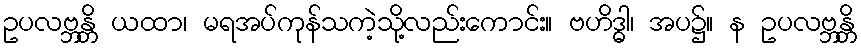
ဥပလဗ္ဘန္တိ ယထာ၊ မရအပ်ကုန်သကဲ့သို့လည်းကောင်း။ ဗဟိဒ္ဓါ၊ အပ၌။ န ဥပလဗ္ဘန္တိ